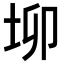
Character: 𡊧